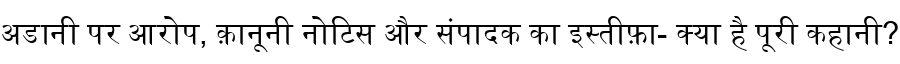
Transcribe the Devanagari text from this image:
अडानी पर आरोप, क़ानूनी नोटिस और संपादक का इस्तीफ़ा- क्या है पूरी कहानी?